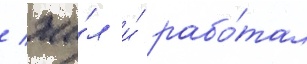
/ жи́л и́ рабо́тал